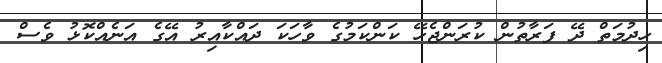
ހިދުމަތް ދޭ ފަރާތުން ކުރަންޖެހޭ ކަންކަމުގެ ވާހަކަ ދައްކާއިރު އޭގެ އަނެއްކޮޅު ވެސް